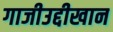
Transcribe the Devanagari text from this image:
गाजीउद्दीखान